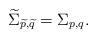
LaTeX: \begin{align*} \widetilde \Sigma_{\widetilde p,\widetilde q} = \Sigma_{p,q}.\end{align*}